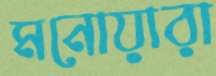
মনোয়ারা